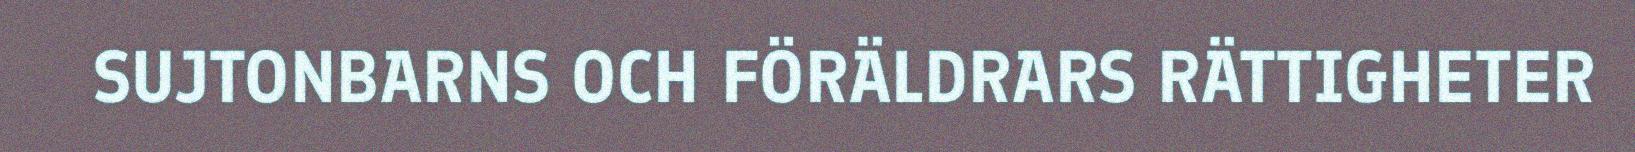
SUJTONBARNS OCH FÖRÄLDRARS RÄTTIGHETER